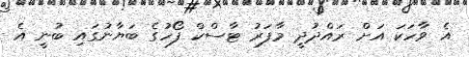
އެ ވާހަކަ އަށް ރައްދުދީ މާފަރު ޓާސްކް ފޯހުގެ ބަޔާނުގައި ބުނީ އެ